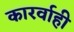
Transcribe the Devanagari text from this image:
कारर्वाही